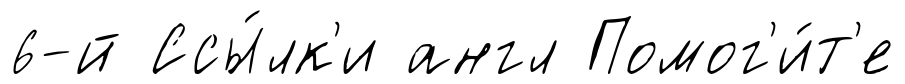
6-й Ссы́лк'и англ Помог'и́т'е